Report on vaccination in Madras 1922-1929 - 1922-1929
Year: 1922
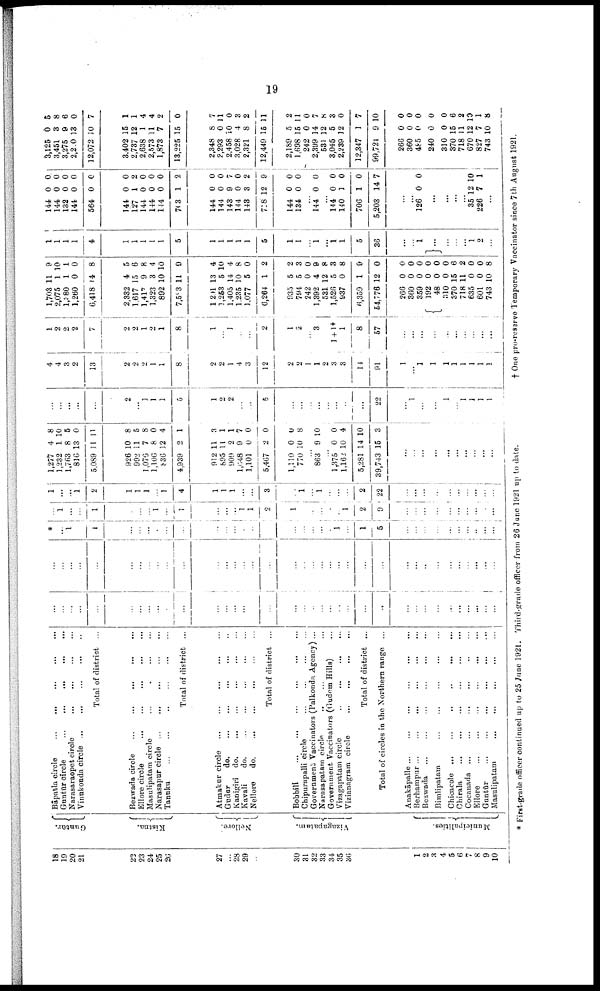
19
18
19
20
21
23
23
24
25
26
27
...
28
29
30
31
32
33
34
35
36
1
2
3
4
5
6
7
8
9
10
Guntūr.
Kistna.
Nellore.
Vizagapatam.
Muni ci pal i
t
i
es .
Bāpatla circle... ... ... ...
Guntūr circle...
...
...
...
Narasaraopet
circle...
...
...
...
Vinukonda
circle...
...
...
...
Total of district ...
Bezwada
circle...
...
...
Ellore
circle...
...
...
Masulipatam circle... ... ...
Narasapur
circle...
...
...
...
...
Tanuku...
...
...
...
Total of district ...
Atmakur circle... ... ... ...
Gudur
do.
...
...
...
Kanigiri do.
...
Kavali
do.
...
...
...
...
Nellore
d
o
. ... ... ...
Total of district ...
Bobbili...
...
...
...
...
...
Chipurapalli
circle...
...
...
...
Government Vaccinators (Palkonda Agency) ...
Narasapatam
circle... ... ...
Government Vaccinators (Gudem Hills)...
Vizagapatam
circle...
...
...
...
Vizianagram
circle...
...
...
...
Total of district ...
Total of circles in the Northern range ...
Anakāpalle... ... ... ... ... ...
Berhampur...
...
...
...
...
Bezwada...
...
...
...
Bimlipatam...
...
...
...
Chicacole...
...
...
...
...
...
Chirala...
...
...
...
Cocanada...
...
...
...
Ellore...
...
...
...
...
...
Guntūr...
...
...
...
Masulipatam...
...
...
...
...
...
...
...
...
...
...
...
...
...
...
...
...
...
...
...
...
...
...
...
...
...
...
...
...
...
...
...
...
...
...
...
...
...
...
...
...
...
...
...
...
...
...
...
...
...
...
...
...
...
...
...
...
...
...
...
...
...
...
...
...
...
...
...
...
......
...
...
...
...
...
...
*
... 1
...
1
...
...
...
...
...
...
...
...
...
...
...
...
...
...
...
...
...
1
...
1
5
...
...
...
...
...
...
...
...
...
...
...
1
...
...
1
...
...
...
1
...
1
...
...
...
1
1
2
...
...
...
...
...
...
1
2
9
...
...
...
...
...
...
...
...
...
...
1
...
...
l
2
1
1
1
...
1
4
1
1
1
...
...
3
...
1
...
1
...
...
...
2
22
...
...
...
...
...
...
...
...
...
...
1,277
1,232
l,763
816
5,089
926
992
1,076
1,106
836
4,939
912
895
909
1,648
1,101
5,467
1,110
770
4
1
8
13
11
10
11
7
8
12
2
11
11
2
9
0
2
0
10
8
10
5
0
11
8
5
8
0
4
1
3
1
1
7
0
0
0
8
...
863 9 10
...
1,375
1,162
5,281
39,743
0
10
14
15
0
4
10
3
...
...
...
...
...
...
...
...
...
...
...
...
...
...
...
2
...
1
1
1
5
1
2
2
...
...
5
...
...
...
...
...
...
...
...
22
...
1 ...
...
1
...
1
1
1
1
4
4
3
2
13
2
2
2
1
1
8
2
2
1
4
3
12
2
2
1
1
2
3
3
14
91
1
...
1
1
1
1
1
1
1
1
1
2
2
2
7
2
2
1
2
1
8
1
...
1
...
...
2
1
2
...
3
...
1 + 1 +
1
8
57
...
...
...
...
...
...
...
...
...
...
1,703
2,075
1,380
1,260
6,418
2,332
1,617
l,417
1,323
892
7,503
1,291
1,253
1,405
1,235
1,077
6,264
935
794
242
1,392
531
1,526
937
6,359
54,776
266
360
359
192
48
310
370
718
635
601
743
11
1
1
0
14
4
15
9
3
10
11
13
5
14
10
5
1
5
5
0
4
12
5
0
1
12
0
0
0
0
0
0
15
11
0
0
10
9
10
1
0
8
5
6
8
4
10
9
4
10
4
8
0
2
2
3
0
9
8
3
8
9
0
0
0
0
0
0
0
6
2
0
0
8
1
1
1
1
4
1
1
1
1
1
5
1
1
1
1
1
5
1
1
...
1
...
1
1
5
36
...
...
1
...
...
...
...
1
2
...
144
144
132
144
564
144
127
144
144
144
703
144
144
143
144
143
718
144
134
0
0
0
0
0
0
1
0
0
0
1
0
0
9
0
3
12
0
0
0
0
0
0
0
0
2
0
0
0
2
0
0
7
0
2
9
0
0
...
144 0 0
...
144
140
706
5,203
0
1
1
14
0
0
0
7
...
...
126
...
0
...
0
...
...
...
...
35
226
12
7
10
1
...
3,125
3,451
3,275
2,200
12,072
3,402
2,737
2,638
2,573
1,873
13,225
2,348
2,293
2,458
3,028
2,321
12,449
2,189
1,698
242
2,399
531
3,045
2,239
12,347
99,721
266
360
485
240
310
370
718
670
827
743
0
3
9
13
10
15
12
1
11
7
15
8
0
10
4
8
15
5
15
0
14
12
5
12
1
9
0
0
0
0
0
15
11
12
7
10
5
8
6
0
7
1
1
4
4
2
0
7
11
0
3
2
11
2
11
0
7
8
3
0
7
10
0
0
0
0
0
6
2
10
1
8
* First-grade officer continued up to 25 June 1921. Third-grade officer from 26 June 1921 up to date.
† One pro-reserve Temporary Vaccinator since 7th August 1921.